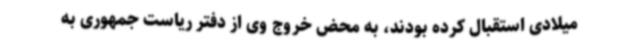
میلادی استقبال کرده بودند، به محض خروج وی از دفتر ریاست جمهوری به